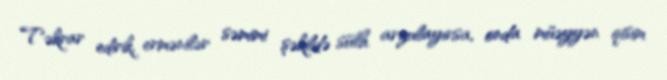
Təkrar edirik, ermənilər səmimi şəkildə sülh arzulayırsa, onda müəyyən qisim